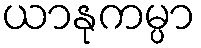
ယာနုကမ္ပာ